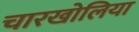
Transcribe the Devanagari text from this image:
चारखोलिया